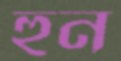
হুন